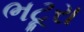
ભટૂરા